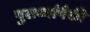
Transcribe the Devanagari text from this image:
पुराव्यांपैकी